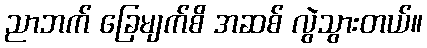
ညာဘက် ခြေမျက်စိ အဆစ် လွဲသွားတယ်။